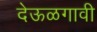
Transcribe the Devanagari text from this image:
देऊळगावी